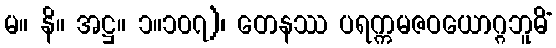
မ။ နိ။ အဋ္ဌ။ ၁။၁၀၇)၊ တေနဿ ပရက္ကမဇဝယောဂ္ဂဘူမိံ